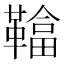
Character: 𩌼